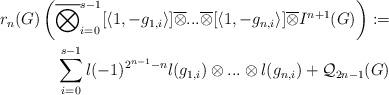
LaTeX: \begin{align*} r_n(G)\left(\overline\bigotimes^{s-1}_{i=0}[\langle1,-g_{1,i}\rangle]\overline\otimes...\overline\otimes[\langle1,-g_{n,i}\rangle]\overline\otimes I^{n+1}(G)\right):= \\ \sum^{s-1}_{i=0}l(-1)^{2^{n-1}-n}l(g_{1,i})\otimes...\otimes l(g_{n,i})+\mathcal Q_{2n-1}(G) \end{align*}